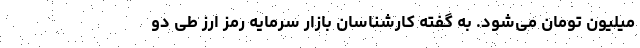
میلیون تومان می‌شود. به گفته کارشناسان بازار سرمایه رمز ارز طی دو